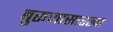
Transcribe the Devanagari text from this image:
बुरूजासारखा